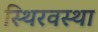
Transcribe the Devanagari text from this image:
स्थिरवस्था